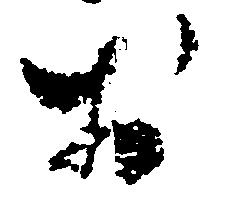
於